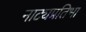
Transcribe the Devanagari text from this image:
नाट्यप्रतिभा